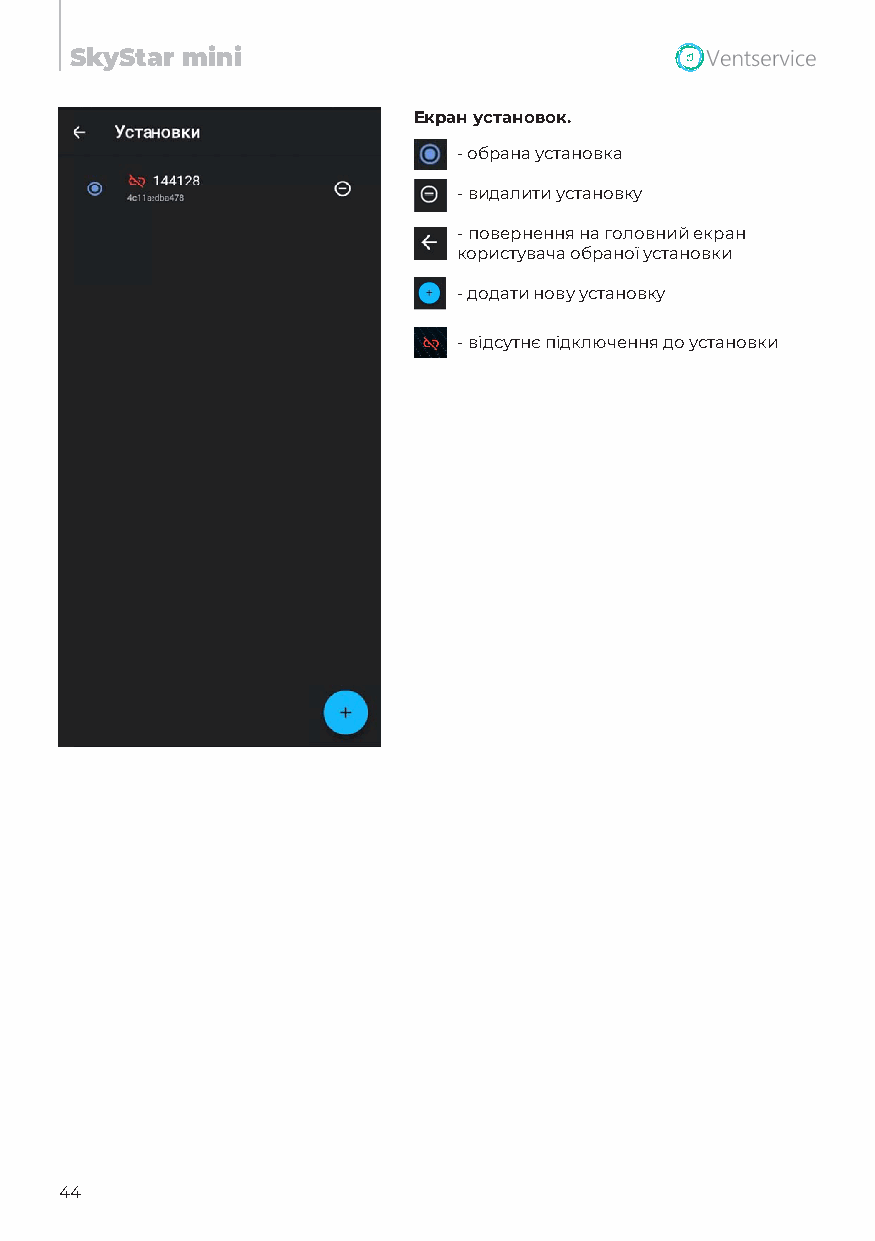
SkyStar mini
 Екран установок.
 - обрана установка
 - видалити установку
 - повернення на головний екран
 користувача обраної установки
 - додати нову установку
 - відсутнє підключення до установки
 44